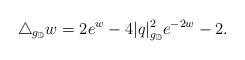
LaTeX: \begin{align*}\triangle_{g_{\mathbb D}}w=2e^w-4|q|_{g_{\mathbb D}}^2e^{-2w}-2.\end{align*}